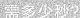
需多少秒？